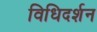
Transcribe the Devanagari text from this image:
विधिदर्शन